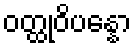
ဝတ္ထုဝိပန္နော